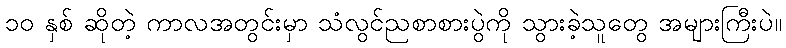
၁၀ နှစ် ဆိုတဲ့ ကာလအတွင်းမှာ သံလွင်ညစာစားပွဲကို သွားခဲ့သူတွေ အများကြီးပဲ။